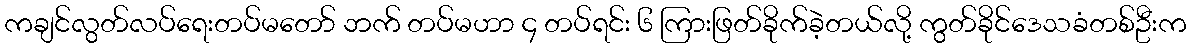
ကချင်လွတ်လပ်ရေးတပ်မတော် ဘက် တပ်မဟာ ၄ တပ်ရင်း ၆ ကြားဖြတ်ခိုက်ခဲ့တယ်လို့ ကွတ်ခိုင်ဒေသခံတစ်ဦးက